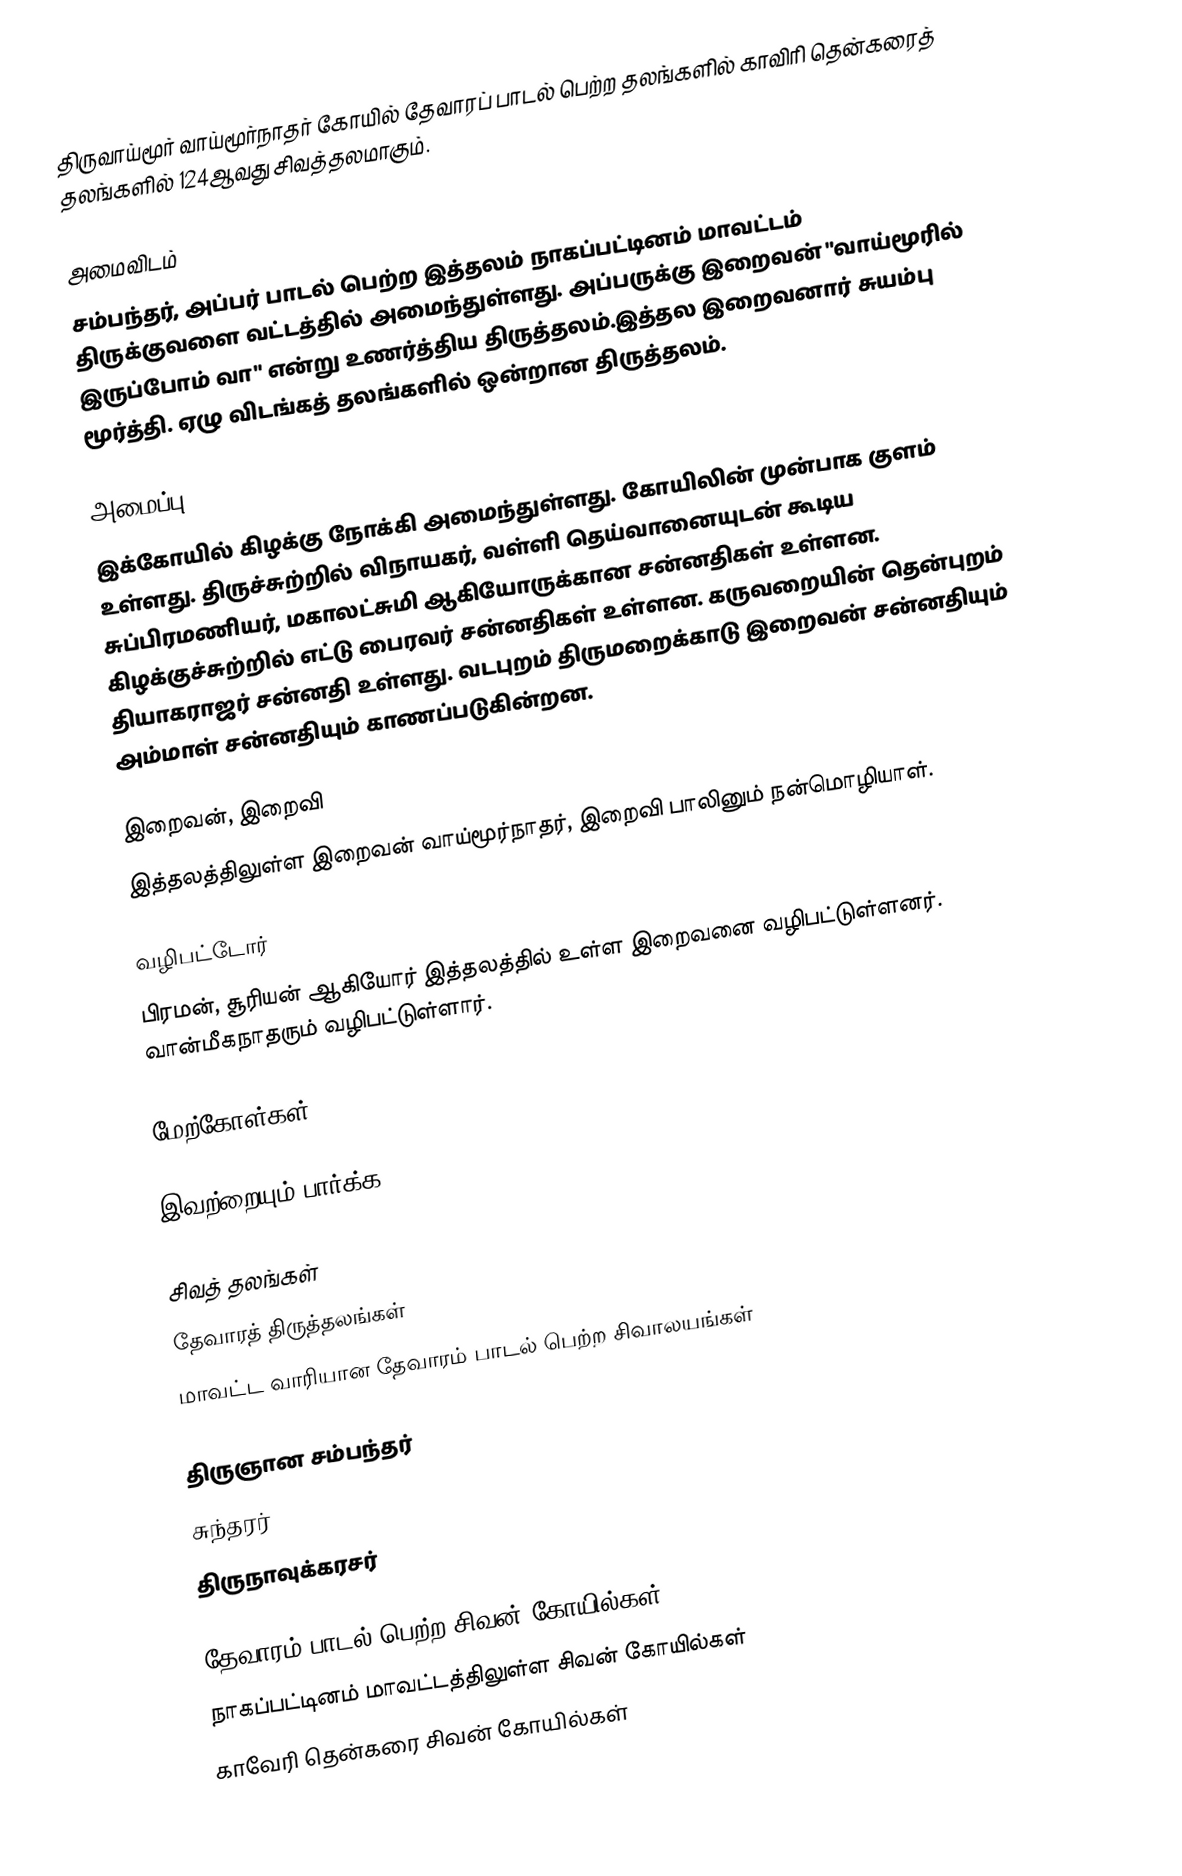
திருவாய்மூர் வாய்மூர்நாதர் கோயில் தேவாரப் பாடல் பெற்ற தலங்களில் காவிரி தென்கரைத் தலங்களில் 124ஆவது சிவத்தலமாகும்.

அமைவிடம்
சம்பந்தர், அப்பர் பாடல் பெற்ற இத்தலம் நாகப்பட்டினம் மாவட்டம் திருக்குவளை வட்டத்தில் அமைந்துள்ளது. அப்பருக்கு இறைவன் "வாய்மூரில் இருப்போம் வா" என்று உணர்த்திய திருத்தலம்.இத்தல இறைவனார் சுயம்பு மூர்த்தி. ஏழு விடங்கத் தலங்களில் ஒன்றான திருத்தலம்.

அமைப்பு
இக்கோயில் கிழக்கு நோக்கி அமைந்துள்ளது. கோயிலின் முன்பாக குளம் உள்ளது. திருச்சுற்றில் விநாயகர், வள்ளி தெய்வானையுடன் கூடிய சுப்பிரமணியர், மகாலட்சுமி ஆகியோருக்கான சன்னதிகள் உள்ளன. கிழக்குச்சுற்றில் எட்டு பைரவர் சன்னதிகள் உள்ளன. கருவறையின் தென்புறம் தியாகராஜர் சன்னதி உள்ளது. வடபுறம் திருமறைக்காடு இறைவன் சன்னதியும் அம்மாள் சன்னதியும் காணப்படுகின்றன.

இறைவன், இறைவி
இத்தலத்திலுள்ள இறைவன் வாய்மூர்நாதர், இறைவி பாலினும் நன்மொழியாள்.

வழிபட்டோர்
பிரமன், சூரியன் ஆகியோர் இத்தலத்தில் உள்ள இறைவனை வழிபட்டுள்ளனர். வான்மீகநாதரும் வழிபட்டுள்ளார்.

மேற்கோள்கள்

இவற்றையும் பார்க்க

 சிவத் தலங்கள்
 தேவாரத் திருத்தலங்கள்
 மாவட்ட வாரியான தேவாரம் பாடல் பெற்ற சிவாலயங்கள்

 திருஞான சம்பந்தர்
 சுந்தரர்
 திருநாவுக்கரசர்

தேவாரம் பாடல் பெற்ற சிவன் கோயில்கள்
நாகப்பட்டினம் மாவட்டத்திலுள்ள சிவன் கோயில்கள்
காவேரி தென்கரை சிவன் கோயில்கள்